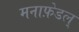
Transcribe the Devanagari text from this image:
मनाफ़ेडल्